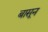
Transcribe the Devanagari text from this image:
बासून